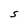
Character: S